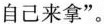
自己来拿”。